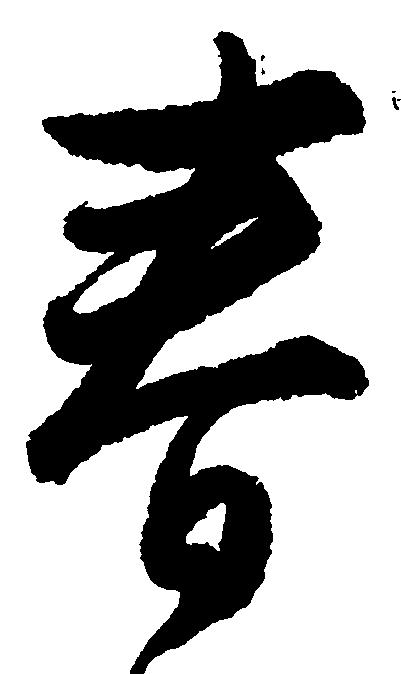
春